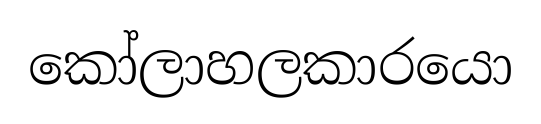
කෝලාහලකාරයො